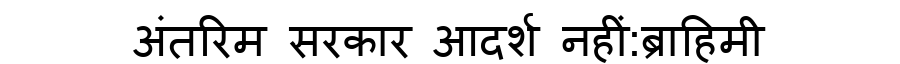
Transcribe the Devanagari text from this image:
अंतरिम सरकार आदर्श नहीं:ब्राहिमी